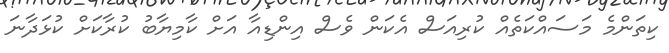
ކިތަންމެ މަަަސައްކަތެއް ކުރިއަސް އެކަން ވެސް އިންޑިއާ އަށް ކާމިޔާބު ކުރާކަށް ކުޅަދާނަ